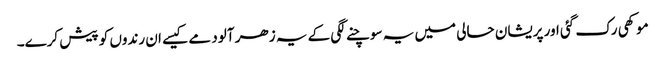
موکھی رک گئی اور پریشان حالی میں یہ سوچنے لگی کے یہ زھر آلود مے کیسے ان رندوں کو پیش کرے۔